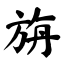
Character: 旃